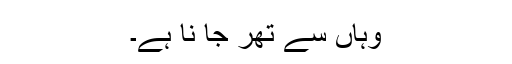
وہاں سے تھر جا نا ہے۔